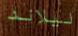
ليلاند